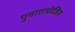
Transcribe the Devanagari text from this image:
पुनारायोजित